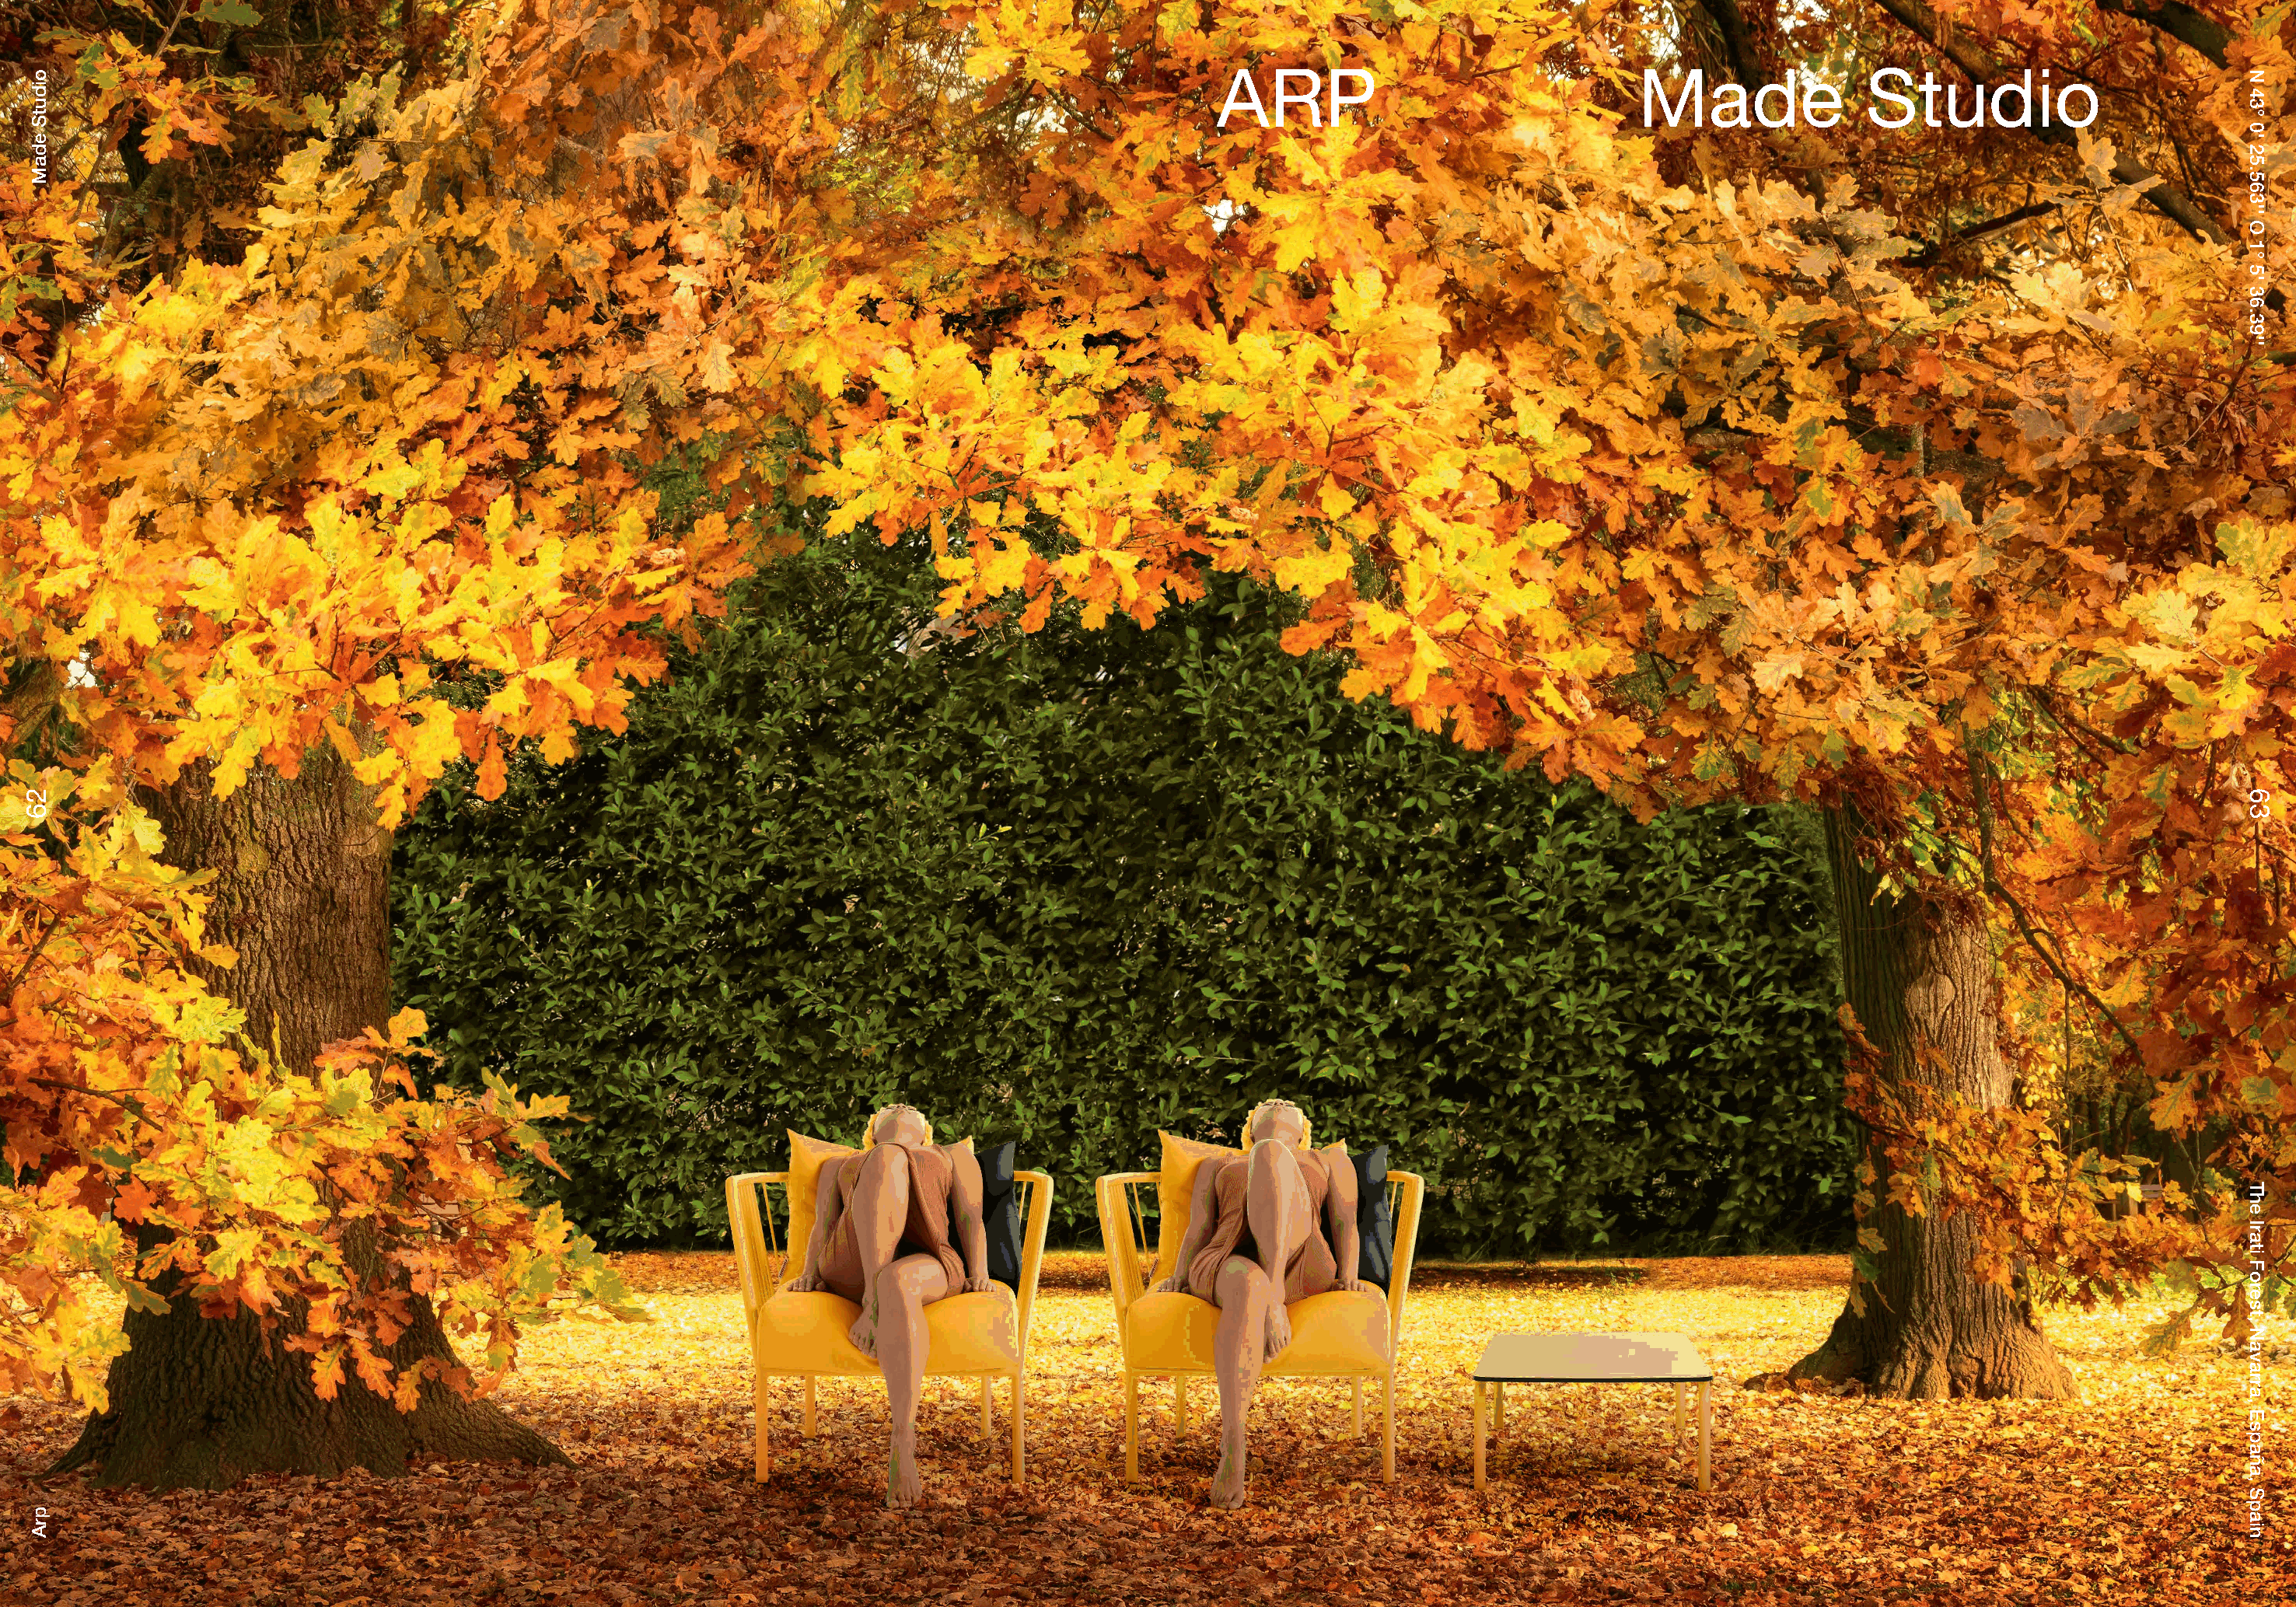
ARP                                Made                Studio
 26
 oidutS
 edaM
 prA
 N
 43°
 0'
 25.563''
 O
 1°
 5'
 36.39''
 63
 The
 Irati
 Forest,
 Navarra,
 España,
 Spain